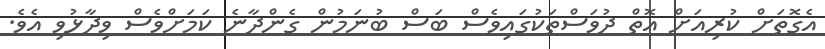
އެގޮތަށް ކުރިއަށް އޮތް ދުވަސްތަކުގައިވެސް ބަސް ބުނަމުން ގެންދާނެ ކަމަށްވެސް ވިދާޅުވި އެވެ.